Civil Veterinary Dept. Bombay admin report 1900-1906 - 1900-1906
Year: 1900
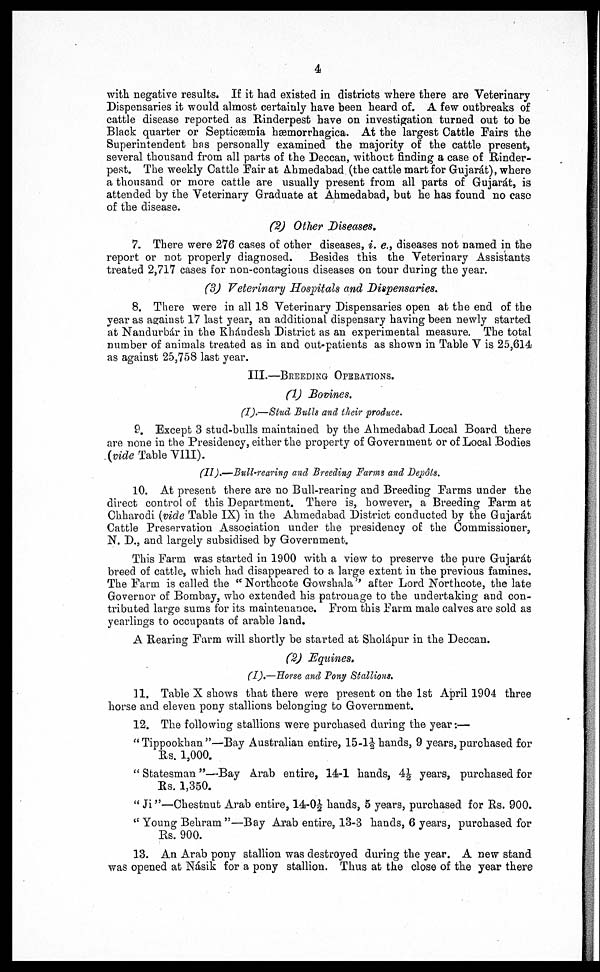
4
with negative results. If it had existed in districts where there are Veterinary
Dispensaries it would almost certainly have been heard of. A few outbreaks of
cattle disease reported as Rinderpest have on investigation turned out to be
Black quarter or Septicaemia hæmorrhagica. At the largest Cattle Pairs the
Superintendent has personally examined the majority of the cattle present,
several thousand from all parts of the Deccan, without finding a case of Rinder-
pest. The weekly Cattle Fair at Ahmedabad (the cattle mart for Gujarát), where
a thousand or more cattle are usually present from all parts of Gujarát, is
attended by the Veterinary Graduate at Ahmedabad, but he has found no case
of the disease.
(2) Other Diseases.
7. There were 276 cases of other diseases, i. e., diseases not named in the
report or not properly diagnosed. Besides this the Veterinary Assistants
treated 2,717 cases for non-contagious diseases on tour during the year.
(3) Veterinary Hospitals and Dispensaries.
8. There were in all 18 Veterinary Dispensaries open at the end of the
year as against 17 last year, an additional dispensary having been newly started
at Nandurbár in the Khándesh District as an experimental measure. The total
number of animals treated as in and out-patients as shown in Table V is 25,614
as against 25,758 last year.
III.—BREEDING OPERATIONS.
(1) Bovines.
(I).—Stud Bulls and their produce.
9. Except 3 stud-bulls maintained by the Ahmedabad Local Board there
are none in the Presidency, either the property of Government or of Local Bodies
(vide Table VIII).
(II).—Bull-rearing and Breeding Farms and Depôts.
10. At present there are no Bull-rearing and Breeding Farms under the
direct control of this Department. There is, however, a Breeding Farm at
Chharodi (vide Table IX) in the Ahmedabad District conducted by the Gujarát
Cattle Preservation Association under the presidency of the Commissioner,
N. D., and largely subsidised by Government.
This Farm was started in 1900 with a view to preserve the pure Gujarát
breed of cattle, which had disappeared to a large extent in the previous famines.
The Farm is called the "Northcote Gowshala" after Lord Northcote, the late
Governor of Bombay, who extended his patronage to the undertaking and con-
tributed large sums for its maintenance. From this Farm male calves are sold as
yearlings to occupants of arable land.
A Rearing Farm will shortly be started at Sholápur in the Deccan.
(2) Equines.
(I).—Horse and Pony Stallions.
11. Table X shows that there were present on the 1st April 1904 three
horse and eleven pony stallions belonging to Government.
12. The following stallions were purchased during the year:—
"Tippookhan"—Bay Australian entire, 15-1½ hands, 9 years, purchased for
Rs. 1,000.
"Statesman"—Bay Arab entire, 14-1 hands, 4½ years, purchased for
Rs. 1,350.
"Ji"—Chestnut Arab entire, 14-0½ hands, 5 years, purchased for Rs. 900.
"Young Behram"—Bay Arab entire, 13-3 hands, 6 years, purchased for
Rs. 900.
13. An Arab pony stallion was destroyed during the year. A new stand
was opened at Násik for a pony stallion. Thus at the close of the year there